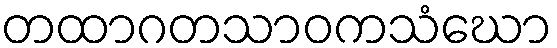
တထာဂတသာဝကသံဃော